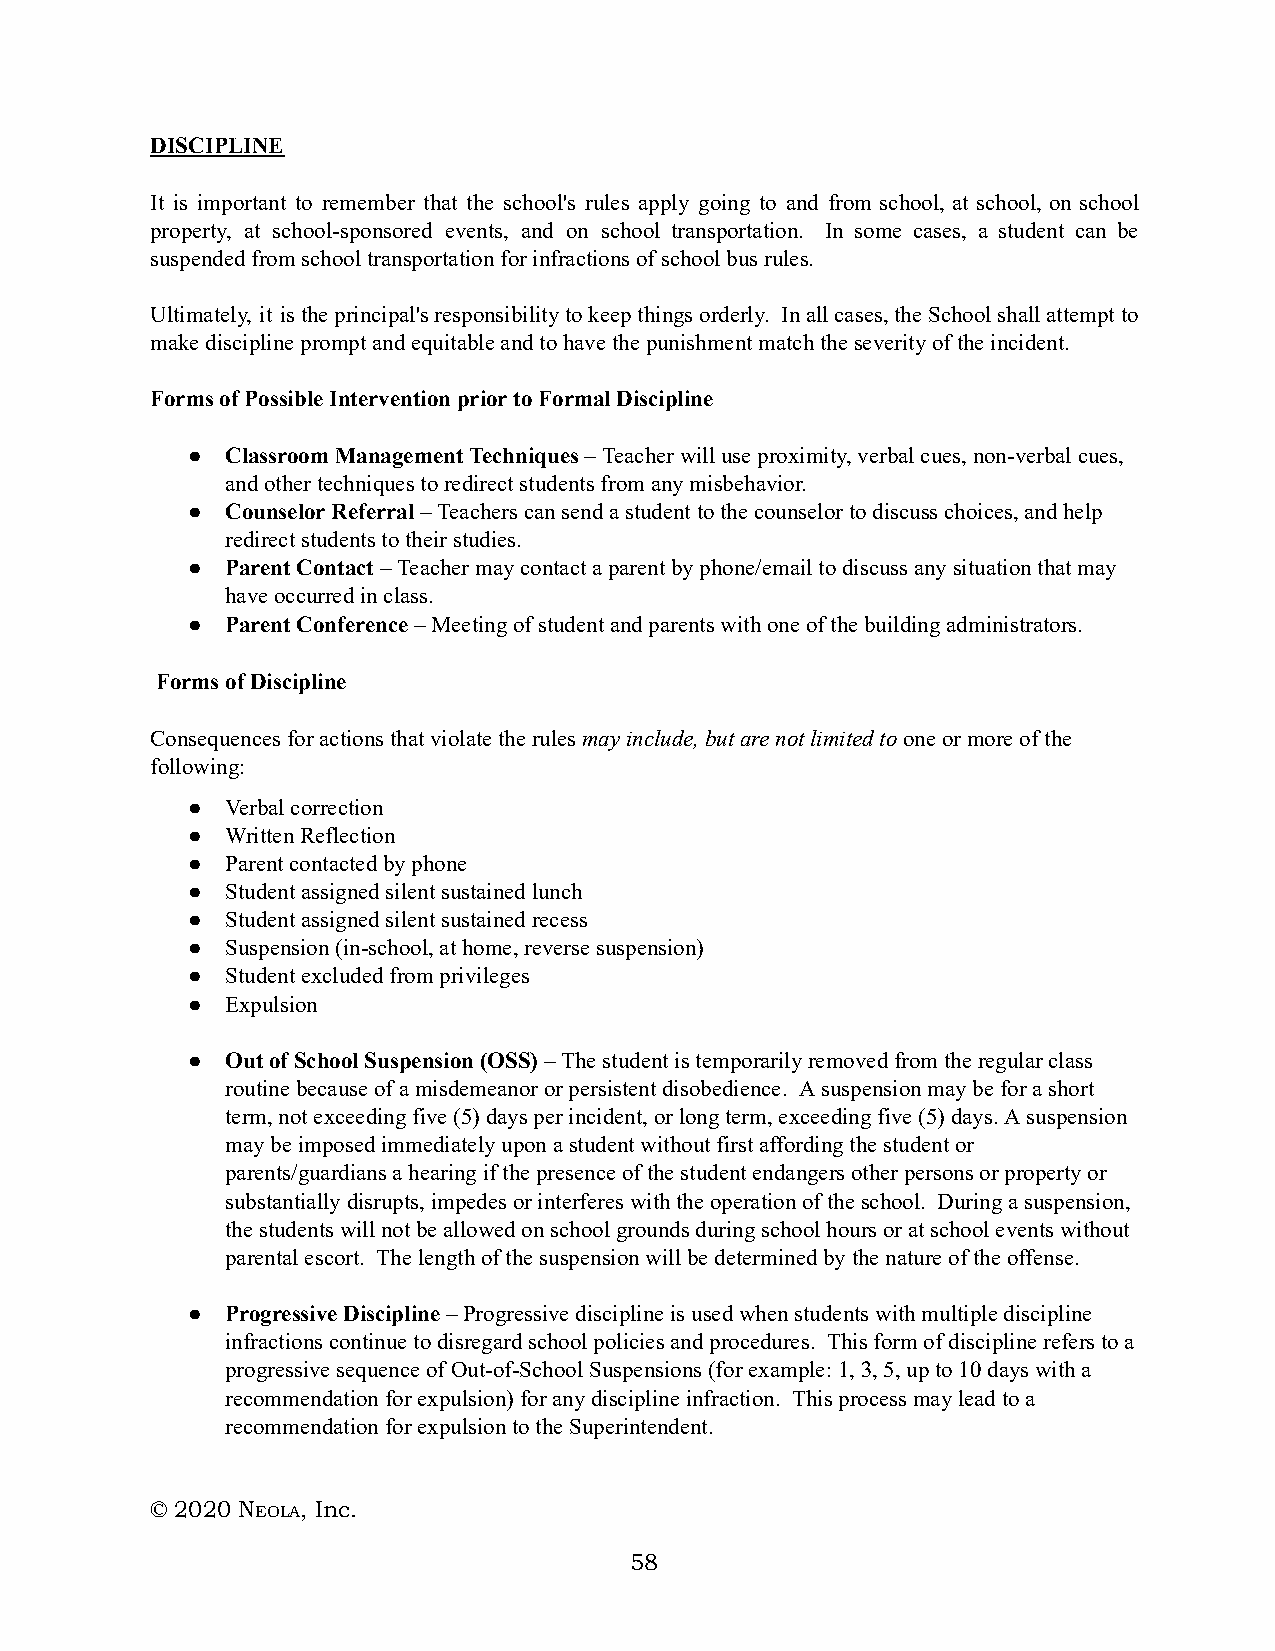
DISCIPLINE
 It is important to remember that the school's rules apply going to and from school, at school, on school
 property, at school-sponsored events, and on school transportation. In some cases, a student can be
 suspended from school transportation for infractions of school bus rules.
 Ultimately, it is the principal's responsibility to keep things orderly. In all cases, the School shall attempt to
 make discipline prompt and equitable and to have the punishment match the severity of the incident.
 Forms of Possible Intervention prior to Formal Discipline
 ●  Classroom Management Techniques – T eacher will use proximity, verbal cues, non-verbal cues,
 and other techniques to redirect students from any misbehavior.
 ●  Counselor Referral – T eachers can send a student to the counselor to discuss choices, and help
 redirect students to their studies.
 ●  Parent Contact – T eacher may contact a parent by phone/email to discuss any situation that may
 have occurred in class.
 ●  Parent Conference – Meeting of student and parents with one of the building administrators.
 Forms of Discipline
 Consequences for actions that violate the rules m ay include, but are not limited to o ne or more of the
 following:
 ●  Verbal correction
 ●  Written Reflection
 ●  Parent contacted by phone
 ●  Student assigned silent sustained lunch
 ●  Student assigned silent sustained recess
 ●  Suspension (in-school, at home, reverse suspension)
 ●  Student excluded from privileges
 ●  Expulsion
 ●  Out of School Suspension (OSS) – The student is temporarily removed from the regular class
 routine because of a misdemeanor or persistent disobedience. A suspension may be for a short
 term, not exceeding five (5) days per incident, or long term, exceeding five (5) days. A suspension
 may be imposed immediately upon a student without first affording the student or
 parents/guardians a hearing if the presence of the student endangers other persons or property or
 substantially disrupts, impedes or interferes with the operation of the school. During a suspension,
 the students will not be allowed on school grounds during school hours or at school events without
 parental escort. The length of the suspension will be determined by the nature of the offense.
 ●  Progressive Discipline – Progressive discipline is used when students with multiple discipline
 infractions continue to disregard school policies and procedures. This form of discipline refers to a
 progressive sequence of Out-of-School Suspensions (for example: 1, 3, 5, up to 10 days with a
 recommendation for expulsion) for any discipline infraction. This process may lead to a
 recommendation for expulsion to the Superintendent.
 © 2020 NE OLA, Inc.
 58